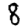
Digit: 8